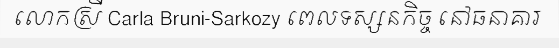
លោកស្រី Carla Bruni-Sarkozy ពេលទស្សនកិច្ច នៅធនាគារ